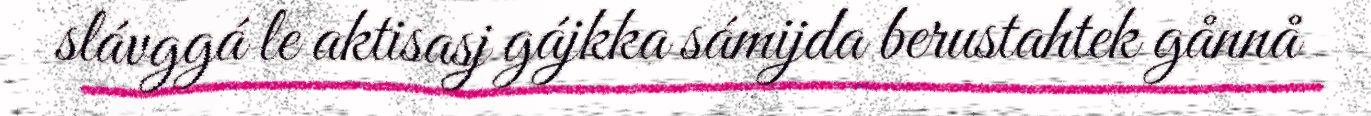
slávggá le aktisasj gájkka sámijda berustahtek gånnå